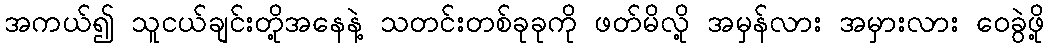
အကယ်၍ သူငယ်ချင်းတို့အနေနဲ့ သတင်းတစ်ခုခုကို ဖတ်မိလို့ အမှန်လား အမှားလား ဝေခွဲဖို့